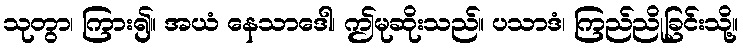
သုတွာ၊ ကြား၍။ အယံ နေသာဒေါ၊ ဤမုဆိုးသည်။ ပသာဒံ၊ ကြည်ညိုခြင်းသို့။